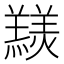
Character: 𦏠